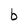
Character: b